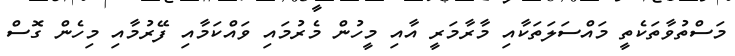
މަސްތުވާތަކެތީ މައްސަލަތަކާއި މާރާމަރީ އާއި މީހުން މެރުމައި ވައްކަމާއި ފޭރުމާއި މިހެން ގޮސް